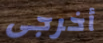
أخرجى